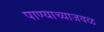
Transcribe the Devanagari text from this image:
पाण्याच्याजवळ